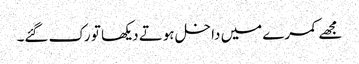
مجھے کمرے میں داخل ہوتے دیکھا تو رک گئے۔